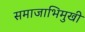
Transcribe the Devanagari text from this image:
समाजाभिमुखी